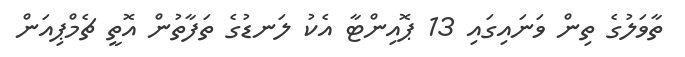
ތާވަލުގެ ތިން ވަނައިގައި 13 ޕޮއިންޓާ އެކު ލަނޑުގެ ތަފާތުން އޮތީ ޗެމްޕިއަން